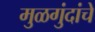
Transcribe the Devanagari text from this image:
मुळगुंदांचे